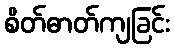
စိတ်ဓာတ်ကျခြင်း